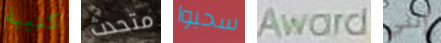
كتيبة متحدث سحبوا Award إنني